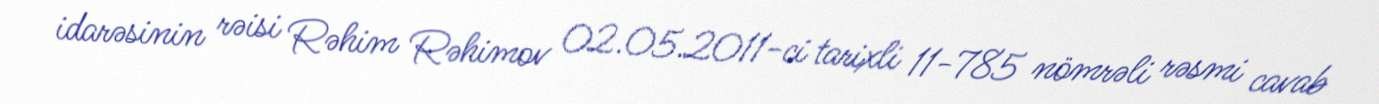
idarəsinin rəisi Rəhim Rəhimov 02.05.2011-ci tarixli 11-785 nömrəli rəsmi cavab